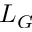
L _ { G }